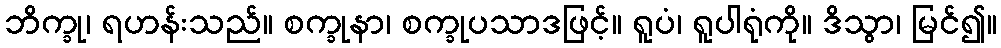
ဘိက္ခု၊ ရဟန်းသည်။ စက္ခုနာ၊ စက္ခုပသာဒဖြင့်။ ရူပံ၊ ရူပါရုံကို။ ဒိသွာ၊ မြင်၍။